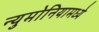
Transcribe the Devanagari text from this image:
न्युमोनियामध्ये